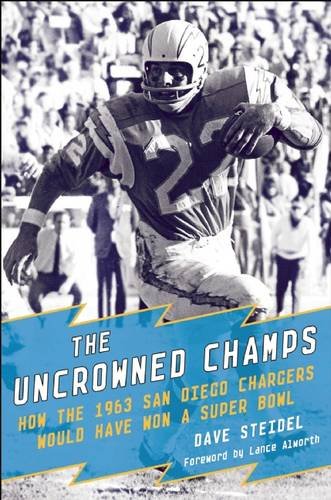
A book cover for The Uncrowned Champs: How the 1963 San Diego Chargers Would Have Won the Super Bowl; Dave Steidel; Biographies & Memoirs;